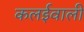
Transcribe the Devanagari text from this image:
कलईवाली